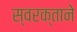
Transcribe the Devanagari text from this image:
स्‍वरक्ताने